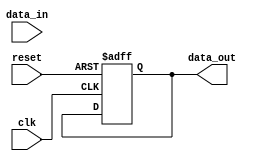
module timing_control(
  input wire clk, // clock input
  input wire reset, // reset input
  // input and output signals
  input wire data_in,
  output reg data_out
);

reg [3:0] state; // state variable to control timing

always @(posedge clk or posedge reset) begin
  if (reset) begin
    state <= 4'b0000; // reset state
    data_out <= 1'b0; // default data output
  end else begin
    case(state)
      4'b0000: begin // state 0
        // generate clock signal for synchronization
        // synchronize data signals
        state <= 4'b0001;
      end
      4'b0001: begin // state 1
        // perform AHB bus transaction timing control
        // manage data flow between peripherals and processor
        state <= 4'b0010;
      end
      4'b0010: begin // state 2
        // synchronize data signals
        // control timing requirements of AHB bus transactions
        state <= 4'b0011;
      end
      4'b0011: begin // state 3
        // generate clock signal for synchronization
        // synchronize data signals
        state <= 4'b0000;
      end
    endcase
  end
end

endmodule